Account of plague administration in the Bombay Presidency from September 1896 till May 1897
Year: 1896
Disease focus: Plague
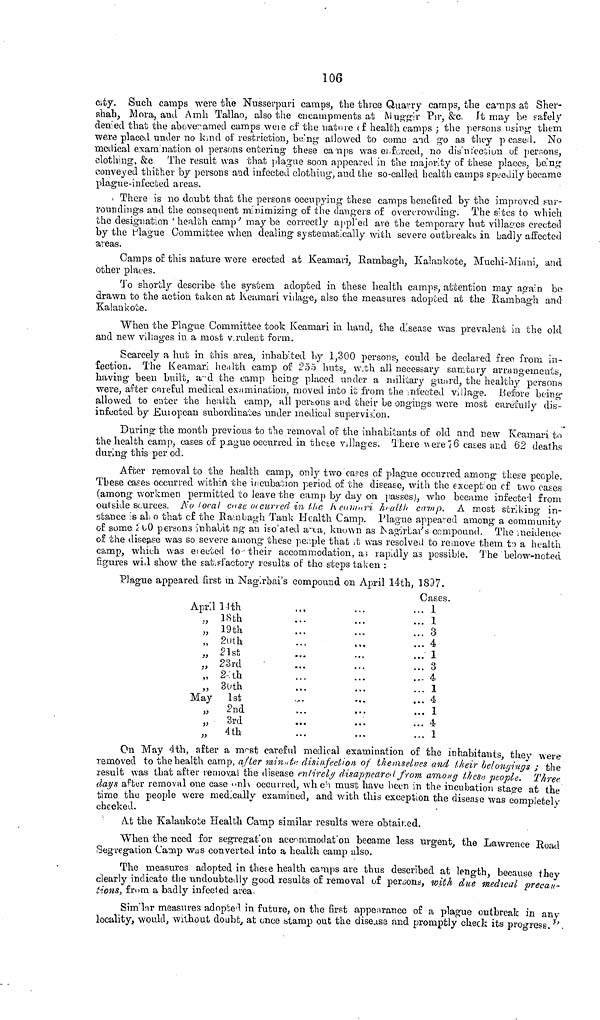
106
city. Such camps were the Nusserpuri camps, the three Quarry camps, the camps at Sher-
shah, Mora, and Amh Tallao, also the encampments at Muggir Pir, &c. It may be safely
denied that the abovenamed camps were of the nature (f health camps ; the persons using them
were placed under no kind of restriction, being· allowed to como and go as they peaseil. No
medical examinational persons entering these camps was enforced, no disinfection of persons,
clothing, &c The result was that plague soon appeared in the majority of these places, being
conveyed thither by persons and infected clothing, and the so-called health camps speedily became
plague-infected areas.
There is no doubt that the persons occaupying these camps benefited by the improved sur-
roundings and the consequent minimizing' of the dangers of overcrowding. The sites to which
the designation 'health camp' may be correctly applied are the temporary hut villages erected
by the Plague Committee when dealing systematically with severe outbreaks in badly affected
areas.
Camps of this nature wore erected at Keamari, Rambagh, Kalankote, Muchi-Minni, and
other places.
To shortly describe the system adopted in these health camps, attention may again be
drawn to the action taken at Keamari village, also the measures adopted at the Rambagh and
Kalankote.
When the Plague Committee took Keamari in hand, the disease was prevalent in the old
and new villages in a most v.rulent form.
Scarcely a hut in this area, inhabited by 1,300 persons, could be declared free from in-
lection. The Keamari health camp of 255 huts, with all necessary samtary arrangements,
having been built, and the camp being placed under a military guard, the healthy persons
were, after careful medical examination, moved into it from the Infected village. Before being-
allowed to enter the health camp, all persons and their be ongings were most carefully dis-
infccted by European subordinates under medical supervision.
During the month previous to the removal of the inhabitants of old and new Keamari to
the health camp, cases of pague occurred in these Villages. Thère were 76 cases and 62 deaths
during this per od.
After removal to the health camp, only two cases of plague occurred among these people.
These cases occurred within the incubation period of the disease, with the except ou of two cases
(among workmen permitted to leave the camp by day on passes), who became infected from
outside sources. No Local case occurred in the k camari health camp. A most striking in-
stance :S also that of the Rambagh Tank Health Camp. Plague appeared among a community
of some 200 persons inhabiting an iso ated area, known as Nagirkar's compound. The incidence
of the disease was so severe among these people that ¿t was resolved to remove them t') a health
camp, which was elected 1o their accommodation, a; rapidly as possible. The below-noted
figures will show the sat.sfactory results of the steps taken :
Plague appeared first in Nagirbai's compound on April 14th, 1897.
April 14th
" 18th
" 19th
" 20th
" 21st
" 23rd
" 24th
" 30th
May 1st
" 2nd
"
3rd
" 4th
Cases.
... 1
... 1
... 3
... 4
... 1
... 3
... 4
... 1
... 4
... 1
... 4
... 1
Un May 4th, atter a most careful medical examination of the inhabitants, they were
removed to the health camp, after minute disinfection of themselves and their belongings ; the
result was that after removal the disease entirely disappeared from among these people. Three
days after removal one case only occurred, which must have been in the incubation stage at the
time the people were medically examined, and with this exception the disease was completely
checked.
At the Kalankote Health Camp similar results were obtained.
When the need for segregation accommodation became less urgent, the Lawrence Road
Segregation Camp was converted into a health camp also.
The measures adopted in these health camps are thus described at length, because they
clearly indicate the undoubtedly good results of removal of persons, with due medical precau-
tions, from a badly infected area.
Similar measures adopted in future, on the first appearance of a plague outbreak in any
locality, would, without doubt, at once stamp out the disease and promptly check its progress.